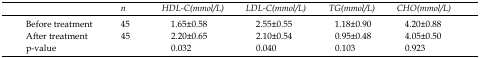
<table><thead><tr><td></td><td><b><i>n</i></b></td><td><b><i>HDL-C(mmol/L)</i></b></td><td><b><i>LDL-C(mmol/L)</i></b></td><td><b><i>TG(mmol/L)</i></b></td><td><b><i>CHO(mmol/L)</i></b></td></tr></thead><tbody><tr><td>Before treatment</td><td>45</td><td>1.65±0.58</td><td>2.55±0.55</td><td>1.18±0.90</td><td>4.20±0.88</td></tr><tr><td>After treatment</td><td>45</td><td>2.20±0.65</td><td>2.10±0.54</td><td>0.95±0.48</td><td>4.05±0.50</td></tr><tr><td>p-value</td><td></td><td>0.032</td><td>0.040</td><td>0.103</td><td>0.923</td></tr></tbody></table>